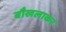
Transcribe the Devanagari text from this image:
बौखलाकर